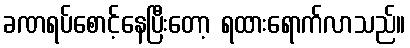
ခဏရပ်စောင့်နေပြီးတော့ ရထားရောက်လာသည်။